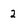
Character: 2